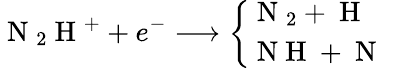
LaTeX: \mathrm{~N~}_{2}\mathrm{~H~}^{+}+e^{-}\longrightarrow\left\{ \begin{array}{ll}{\mathrm{~N~}_{2}+\mathrm{~H~}}&{}\\ {\mathrm{~N~H~}+\mathrm{~N~}}&{}\end{array}\right.